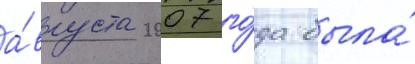
а́вгуста 2007 го́да была́